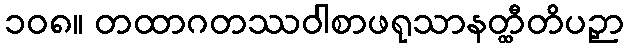
၁၀၈။ တထာဂတဿဝါစာဖရုသာနတ္ထီတိပဉှာ